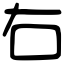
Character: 右